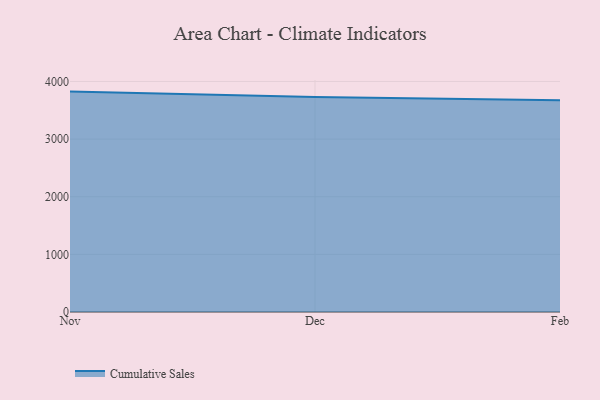
{"axis": {"x": "Month", "y": "Bounce Rate (%)"}, "legend": ["Cumulative Sales"], "data": [{"x": "Nov", "y": 3824.4, "type": "Cumulative Sales"}, {"x": "Dec", "y": 3729.2, "type": "Cumulative Sales"}, {"x": "Feb", "y": 3676.3, "type": "Cumulative Sales"}]}